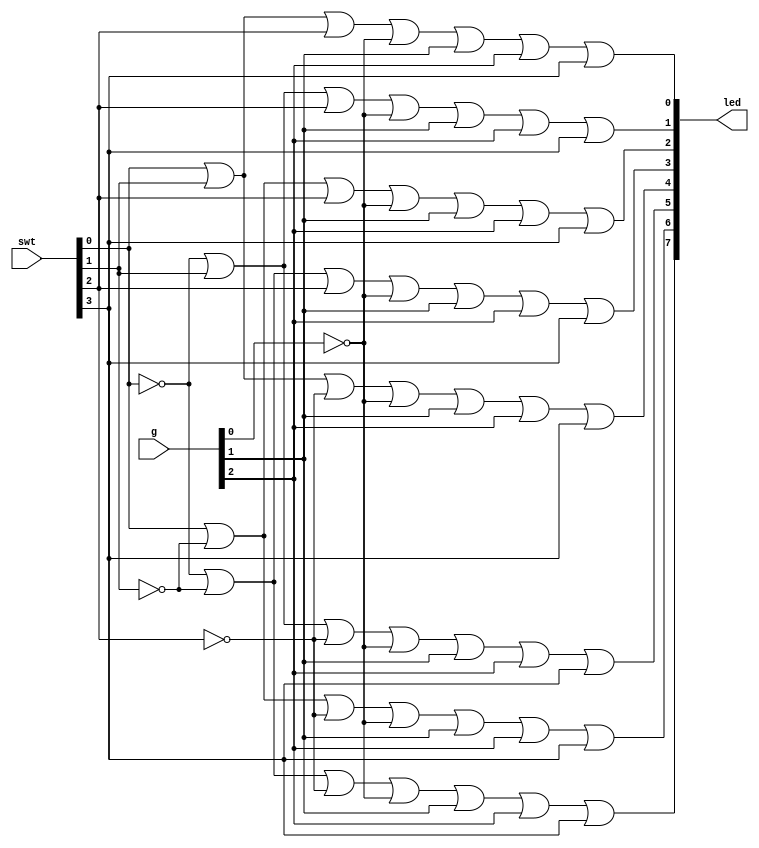
`timescale 1ns / 1ps
//////////////////////////////////////////////////////////////////////////////////
// Company: 
// Engineer: 
// 
// Design Name: 
// Module Name: decoder
// Project Name: 
// Target Devices: 
// Tool Versions: 
// Description: 
// 
// Dependencies: 
// 
// Revision:
// Revision 0.01 - File Created
// Additional Comments:
// 
//////////////////////////////////////////////////////////////////////////////////


module decoder_3_8(
    input [3:0] swt,
    input [2:0] g,
    output [7:0] led
    );
    
    //use De Morgan's Law
    assign led[0]=swt[0] | swt[1] | swt[2]| ~g[0] | g[1] | g[2]| swt[3];
    assign led[1]=~swt[0] | swt[1] | swt[2]| ~g[0] | g[1] | g[2]| swt[3];
    assign led[2]=swt[0] | ~swt[1] | swt[2]| ~g[0] | g[1] | g[2]| swt[3];
    assign led[3]=~swt[0] | ~swt[1] | swt[2]| ~g[0] | g[1] | g[2]| swt[3];
    assign led[4]=swt[0] | swt[1] | ~swt[2]| ~g[0] | g[1] | g[2]| swt[3];
    assign led[5]=~swt[0] | swt[1] | ~swt[2]| ~g[0] | g[1] | g[2]| swt[3];
    assign led[6]=swt[0] | ~swt[1] | ~swt[2]| ~g[0] | g[1] | g[2]| swt[3];
    assign led[7]=~swt[0] | ~swt[1] | ~swt[2]| ~g[0] | g[1] | g[2]| swt[3];
    
endmodule